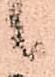
候